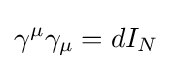
\gamma ^{\mu }\gamma _{\mu }=dI_{N}